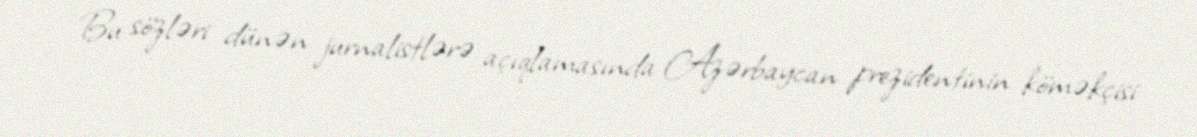
Bu sözləri dünən jurnalistlərə açıqlamasında Azərbaycan prezidentinin köməkçisi